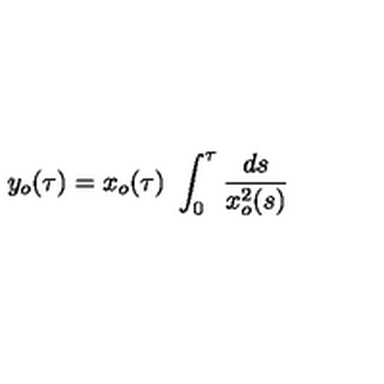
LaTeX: y _ { o } ( \tau ) = x _ { o } ( \tau ) \ \int _ { 0 } ^ { \tau } { \frac { d s } { x _ { o } ^ { 2 } ( s ) } }